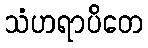
သံဟရာပိတေ